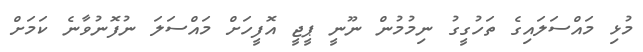
މުޅި މައްސަލައިގެ ތަހުގީގު ނިމުމުން ނޫނީ ޕީޖީ އޮފީހަށް މައްސަލަ ނުފޮނުވާނެ ކަމަށް